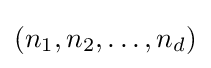
(n_{1},n_{2},\ldots ,n_{d})